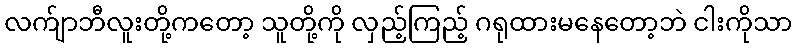
လက်ျာဘီလူးတို့ကတော့ သူတို့ကို လှည့်ကြည့် ဂရုထားမနေတော့ဘဲ ငါးကိုသာ